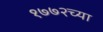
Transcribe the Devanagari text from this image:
१७७२च्या